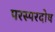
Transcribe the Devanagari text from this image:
परस्परदोष